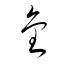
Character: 金